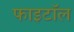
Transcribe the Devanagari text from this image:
फाइटॉल